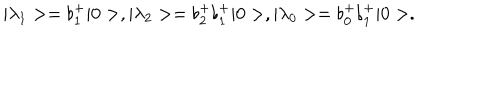
\vert \lambda _ { 1 } > = \flat _ { 1 } ^ { + } \vert 0 > , \vert \lambda _ { 2 } > = \flat _ { 2 } ^ { + } \flat _ { 1 } ^ { + } \vert 0 > , \vert \lambda _ { 0 } > = \flat _ { 0 } ^ { + } \flat _ { 1 } ^ { + } \vert 0 > .